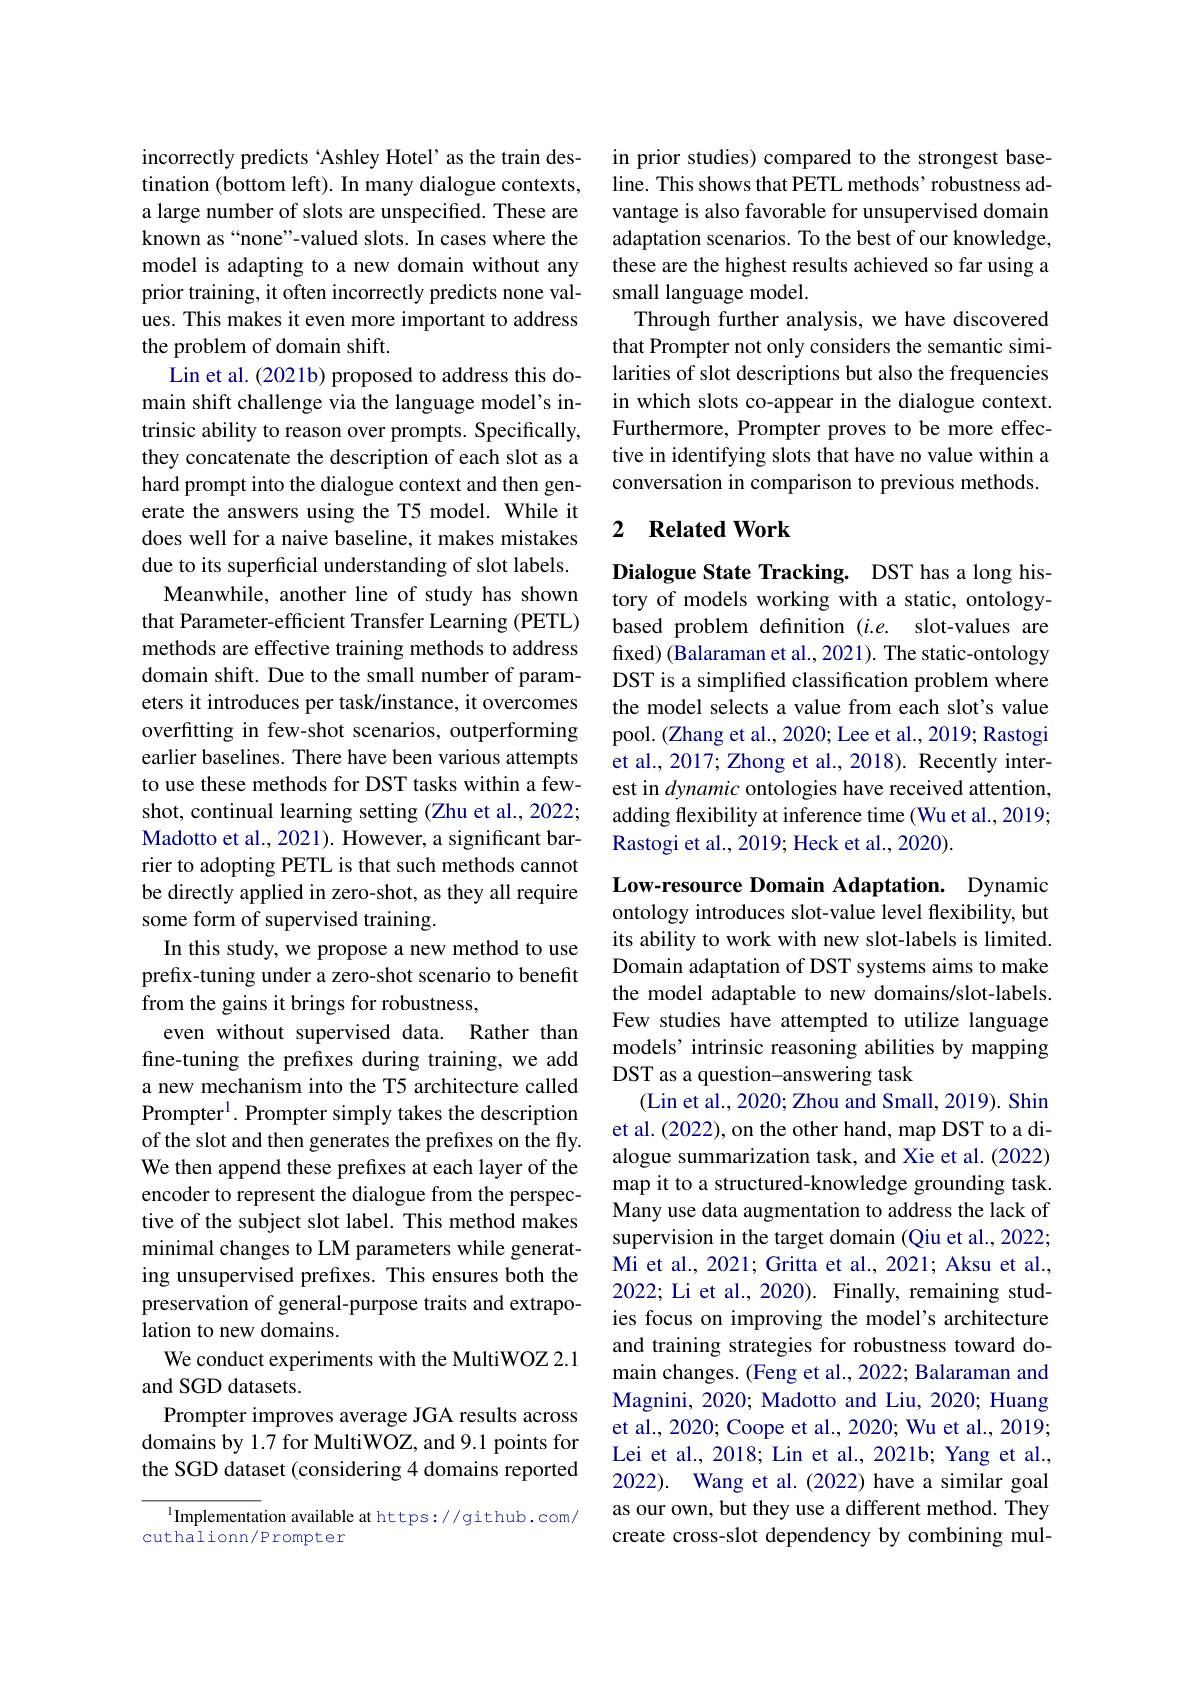
incorrectly predicts 'Ashley Hotel' as the train destination (bottom left). In many dialogue contexts, a large number of slots are unspecified. These are known as“none”-valued slots. In cases where the model is adapting to a new domain without any prior training, it often incorrectly predicts none values. This makes it even more important to address the problem of domain shift.
Lin et al. (2021b) proposed to address this domain shift challenge via the language model's intrinsic ability to reason over prompts. Specifically, they concatenate the description of each slot as a hard prompt into the dialogue context and then generate the answers using the T5 model. While it does well for a naive baseline, it makes mistakes due to its superficial understanding of slot labels. Meanwhile, another line of study has shown that Parameter-efficient Transfer Learning (PETL) methods are effective training methods to address domain shift. Due to the small number of parameters it introduces per task/instance, it overcomes overfitting in few-shot scenarios, outperforming earlier baselines. There have been various attempts to use these methods for DST tasks within a fewshot, continual learning setting (Zhu et al., 2022; Madotto et al., 2021). However, a significant barrier to adopting PETL is that such methods cannot be directly applied in zero-shot, as they all require some form of supervised training.
In this study, we propose a new method to use prefix-tuning under a zero-shot scenario to benefit from the gains it brings for robustness,
even without supervised data. Rather than fine-tuning the prefixes during training, we add a new mechanism into the T5 architecture called Prompter$^1.$ Prompter simply takes the description of the slot and then generates the prefixes on the fly. We then append these prefixes at each layer of the encoder to represent the dialogue from the perspective of the subject slot label. This method makes minimal changes to LM parameters while generating unsupervised prefixes. This ensures both the preservation of general-purpose traits and extrapolation to new domains.
We conduct experiments with the MultiWOZ 2.1
and SGD datasets.
Prompter improves average JGA results across domains by 1.7 for MultiWOZ, and 9.1 points for the SGD dataset (considering 4 domains reported

$^{1}$Implementation available at https://github.com/
cuthalionn/Prompter

in prior studies) compared to the strongest baseline. This shows that PETL methods’robustness advantage is also favorable for unsupervised domain adaptation scenarios. To the best of our knowledge, these are the highest results achieved so far using a small language model.
Through further analysis, we have discovered that Prompter not only considers the semantic similarities of slot descriptions but also the frequencies in which slots co-appear in the dialogue context. Furthermore, Prompter proves to be more effective in identifying slots that have no value within a conversation in comparison to previous methods.

### 2 $\textbf{Related Work}$

Dialogue State Tracking. DST has a long history of models working with a static, ontologybased problem definition $( i. e.$ slot-values are fixed) (Balaraman et al., 2021). The static-ontology DST is a simplified classification problem where the model selects a value from each slot's value pool. (Zhang et al., 2020; Lee et al., 2019; Rastogi et al., 2017; Zhong et al., 2018). Recently interest in dynamic ontologies have received attention, adding flexibility at inference time (Wu et al., 2019; Rastogi et al., 2019; Heck et al., 2020).

Low-resource Domain Adaptation. Dynamic ontology introduces slot-value level flexibility, but its ability to work with new slot-labels is limited. Domain adaptation of DST systems aims to make the model adaptable to new domains/slot-labels. Few studies have attempted to utilize language models’ intrinsic reasoning abilities by mapping DST as a question-answering task
(Lin et al., 2020; Zhou and Small, 2019). Shin et al. (2022), on the other hand, map DST to a dialogue summarization task, and Xie et al. (2022) map it to a structured-knowledge grounding task. Many use data augmentation to address the lack of supervision in the target domain (Qiu et al., 2022; Mi et al., 2021; Gritta et al., 2021; Aksu et al., 2022; Li et al., 2020). Finally, remaining studies focus on improving the model's architecture and training strategies for robustness toward domain changes. (Feng et al., 2022; Balaraman and Magnini, 2020; Madotto and Liu, 2020; Huang et al., 2020; Coope et al., 2020; Wu et al., 2019; Lei et al., 2018; Lin et al., 2021b; Yang et al., 2022). Wang et al.(2022) have a similar goal as our own, but they use a different method. They create cross-slot dependency by combining mul-